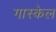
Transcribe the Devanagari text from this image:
गास्केल